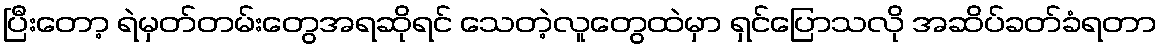
ပြီးတော့ ရဲမှတ်တမ်းတွေအရဆိုရင် သေတဲ့လူတွေထဲမှာ ရှင်ပြောသလို အဆိပ်ခတ်ခံရတာ